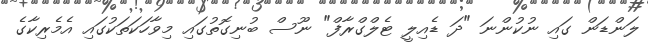
ލަންޑަން ގައި ނުކުންނަ "ދަ ޑެއިލީ ޓެލްގްރާފް" ނޫސް ބުނިގޮތުގައި މިވާހަކަތަކުގައި އެެމެރިކާގެ